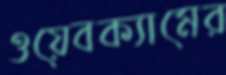
ওয়েবক্যামের